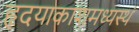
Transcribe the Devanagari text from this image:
हृदयाकाशमध्यस्थं